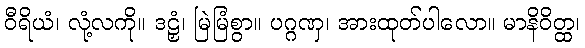
ဝီရိယံ၊ လုံ့လကို။ ဒဠှံ၊ မြဲမြံစွာ။ ပဂ္ဂဏှ၊ အားထုတ်ပါလော။ မာနိဝိတ္ထ၊